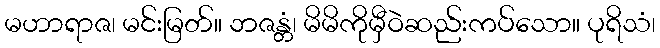
မဟာရာဇ၊ မင်းမြတ်။ ဘဇန္တံ၊ မိမိကိုမှီဝဲဆည်းကပ်သော။ ပုရိသံ၊